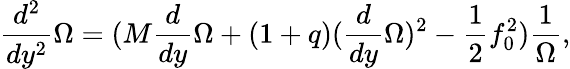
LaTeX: \frac{d^{2}}{dy^{2}}\Omega=(M\frac{d}{dy}\Omega+(1+q)(\frac{d}{dy}\Omega)^{2}-\frac{1}{2}f_{0}^{2})\frac{1}{\Omega},